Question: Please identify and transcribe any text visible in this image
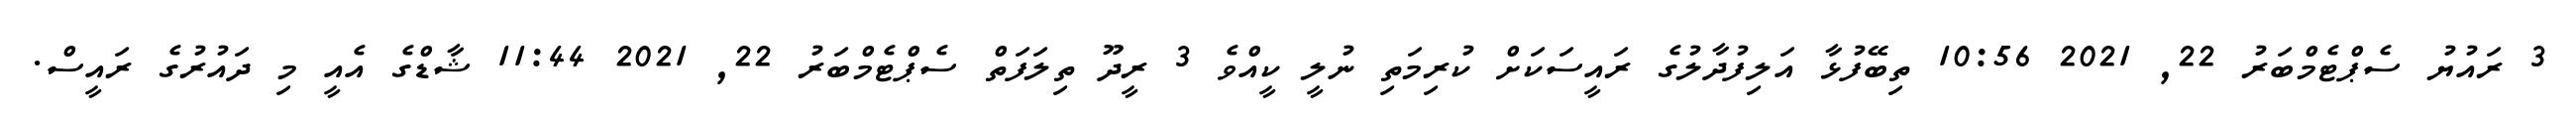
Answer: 3 ރައުޔު ސެޕްޓެމްބަރު 22, 2021 10:56 ތިބޭފުޅާ އަލިފުދާލުގެ ރައީސަކަށް ކުރިމަތި ނުލީ ކީއްވެ 3 ރީދޫ ތިލަފަތް ސެޕްޓެމްބަރު 22, 2021 11:44 ޝާޑްގެ އެއީ މި ދައުރުގެ ރައީސް.